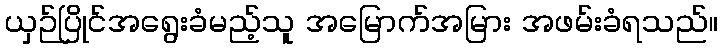
ယှဉ်ပြိုင်အရွေးခံမည့်သူ အမြောက်အမြား အဖမ်းခံရသည်။